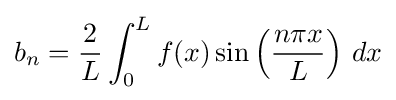
b_{n}={\frac {2}{L}}\int _{0}^{L}f(x)\sin \left({\frac {n\pi x}{L}}\right)\,dx